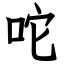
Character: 咜